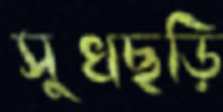
সুখছড়ি